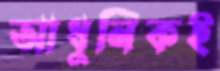
আধুনিকই